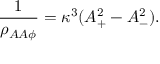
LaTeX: { \frac { 1 } { \rho _ { A A \phi } } } = \kappa ^ { 3 } ( A _ { + } ^ { 2 } - A _ { - } ^ { 2 } ) .